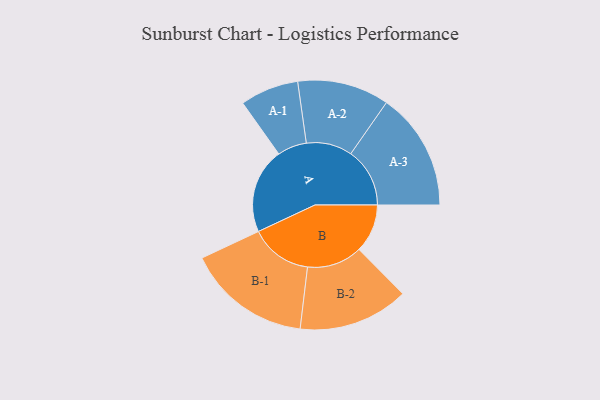
{"axis": {"x": "Segment", "y": "Value"}, "legend": ["", "A", "B"], "data": [{"x": "A", "y": 405, "type": ""}, {"x": "B", "y": 230, "type": ""}, {"x": "A-1", "y": 139, "type": "A"}, {"x": "A-2", "y": 218, "type": "A"}, {"x": "A-3", "y": 280, "type": "A"}, {"x": "B-1", "y": 295, "type": "B"}, {"x": "B-2", "y": 262, "type": "B"}]}